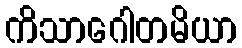
ကိသာဂေါတမိယာ